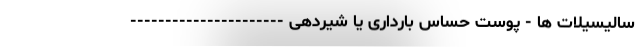
سالیسیلات ها - پوست حساس بارداری یا شیردهی ----------------------